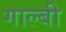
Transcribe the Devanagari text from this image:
गाल्बी